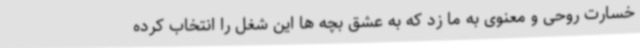
خسارت روحی و معنوی به ما زد که به عشق بچه ها این شغل را انتخاب کرده